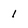
Character: l